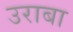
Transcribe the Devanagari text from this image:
उराबा